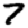
Digit: 7